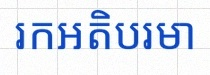
រកអតិបរមា